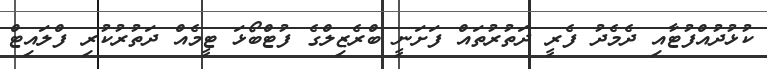
ކުޅުދުއްފުޓާއި ދެމެދު ފެރީ ދަތުރުތައް ފަށަނީ ބްރެޒިލްގެ ފުޓްބޯޅަ ޓީމެއް ދަތުރުކުރި ފްލައިޓް